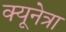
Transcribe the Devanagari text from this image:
क्यूनेत्रा